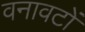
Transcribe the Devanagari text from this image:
वनावटों